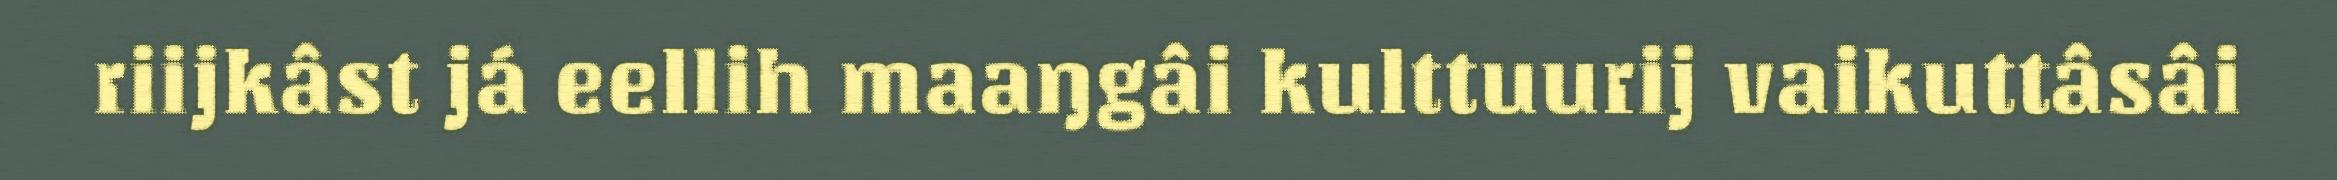
riijkâst já eellih maaŋgâi kulttuurij vaikuttâsâi